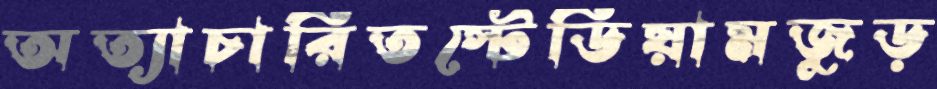
অত্যাচারিতস্টেডিয়ামজুড়